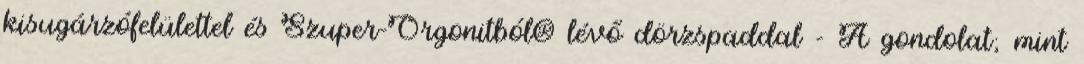
kisugárzófelülettel és Szuper-Orgonitból® lévő dörzspaddal - A gondolat; mint